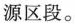
源区段。